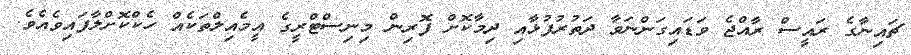
ޗައިނާގެ ރައީސް ރާއްޖެ ވަޑައިގަންނަވާ ދަތުރުފުޅާއި ދިމާކޮށް ފޮރިން މިނިސްޓްރީގެ އީމެއިލްތަކެއް ހެކްކޮށްލާފައިވެއެވެ.